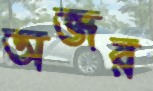
অজর